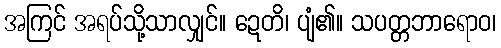
အကြင် အရပ်သို့သာလျှင်။ ဍေတိ၊ ပျံ၏။ သပတ္တဘာရောဝ၊